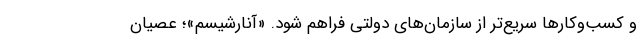
و کسب‌وکارها سریع‌تر از سازمان‌های دولتی فراهم شود. «آنارشیسم»؛ عصیان